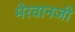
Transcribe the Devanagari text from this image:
मेरवानजी